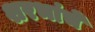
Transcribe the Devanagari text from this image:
शरभांचे